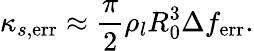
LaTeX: \kappa_{s,\mathrm{err}}\approx\frac{\pi}{2}\rho_{l}R_{0}^{3}\Delta f_{\mathrm{err}}.